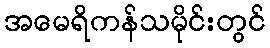
အမေရိကန်သမိုင်းတွင်